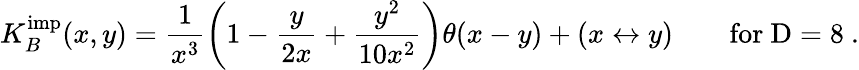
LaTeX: K_{B}^{\mathrm{imp}}(x,y)=\frac{1}{x^{3}}\left(1-\frac{y}{2x}+\frac{y^{2}}{10x^{2}}\right)\theta(x-y)+(x\leftrightarrow y)\qquad\mathrm{for~D=8~}.